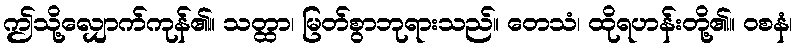
ဤသို့လျှောက်ကုန်၏။ သတ္ထာ၊ မြတ်စွာဘုရားသည်။ တေသံ၊ ထိုရဟန်းတို့၏။ ဝစနံ၊